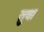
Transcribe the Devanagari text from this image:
सु्या